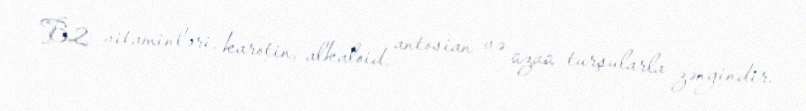
B2 vitaminləri, karotin, alkaloid, antosian və üzvü turşularla zəngindir.